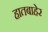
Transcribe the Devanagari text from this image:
हातबाहेर